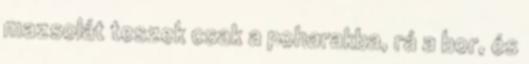
mazsolát teszek csak a poharakba, rá a bor, és